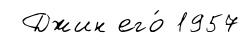
Джин его́ 1957